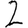
Digit: 2